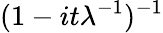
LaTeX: \! \, (1-it\lambda^{-1})^{-1}